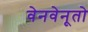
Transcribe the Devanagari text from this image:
वेनवेनूतो